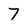
Character: 7